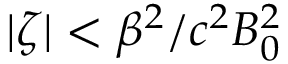
| \zeta | < \beta ^ { 2 } / c ^ { 2 } B _ { 0 } ^ { 2 }